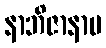
နာဘိဇာနာမ